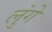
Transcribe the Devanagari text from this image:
लुंगे